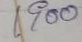
1900